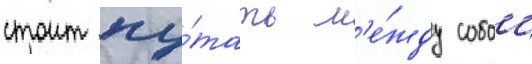
стоит пу́тать м'е́жду собои